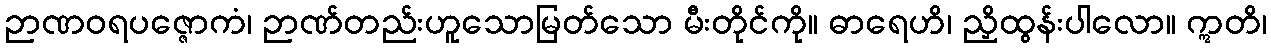
ဉာဏဝရပဇ္ဇောကံ၊ ဉာဏ်တည်းဟူသောမြတ်သော မီးတိုင်ကို။ ဓာရေဟိ၊ ညှိထွန်းပါလော။ ဣတိ၊